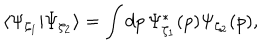
LaTeX: \langle \Psi _ { \zeta _ { 1 } } | \Psi _ { \zeta _ { 2 } } \rangle = \int d p \, \Psi _ { \zeta _ { 1 } } ^ { * } ( p ) \Psi _ { \zeta _ { 2 } } ( p ) ,